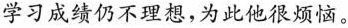
学习成绩仍不理想，为此他很烦恼。